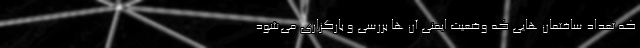
که تعداد ساختمان هایی که وضعیت ایمنی آن ها بررسی و بارگزاری می‌شود